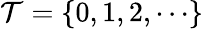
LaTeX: \mathcal{T}=\{ 0,1,2,\cdots\}